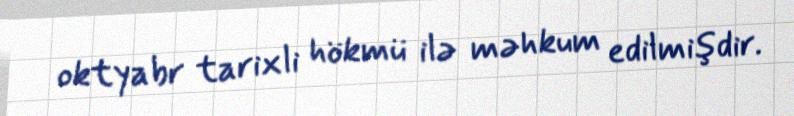
oktyabr tarixli hökmü ilə məhkum edilmişdir.